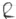
Text: R